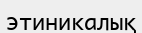
этиникалық